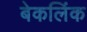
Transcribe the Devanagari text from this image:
बेकलिंक